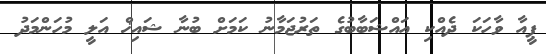
ޕީއާ ވާހަކަ ދެއްކި އައްޝަބާބުގެ ތަރުޖަމާނު ކަމަށް ބުނާ ޝައިޚް އަލީ މުހަންމަދު